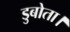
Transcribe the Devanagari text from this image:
डुबोता।